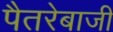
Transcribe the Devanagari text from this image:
पैतरेबाजी